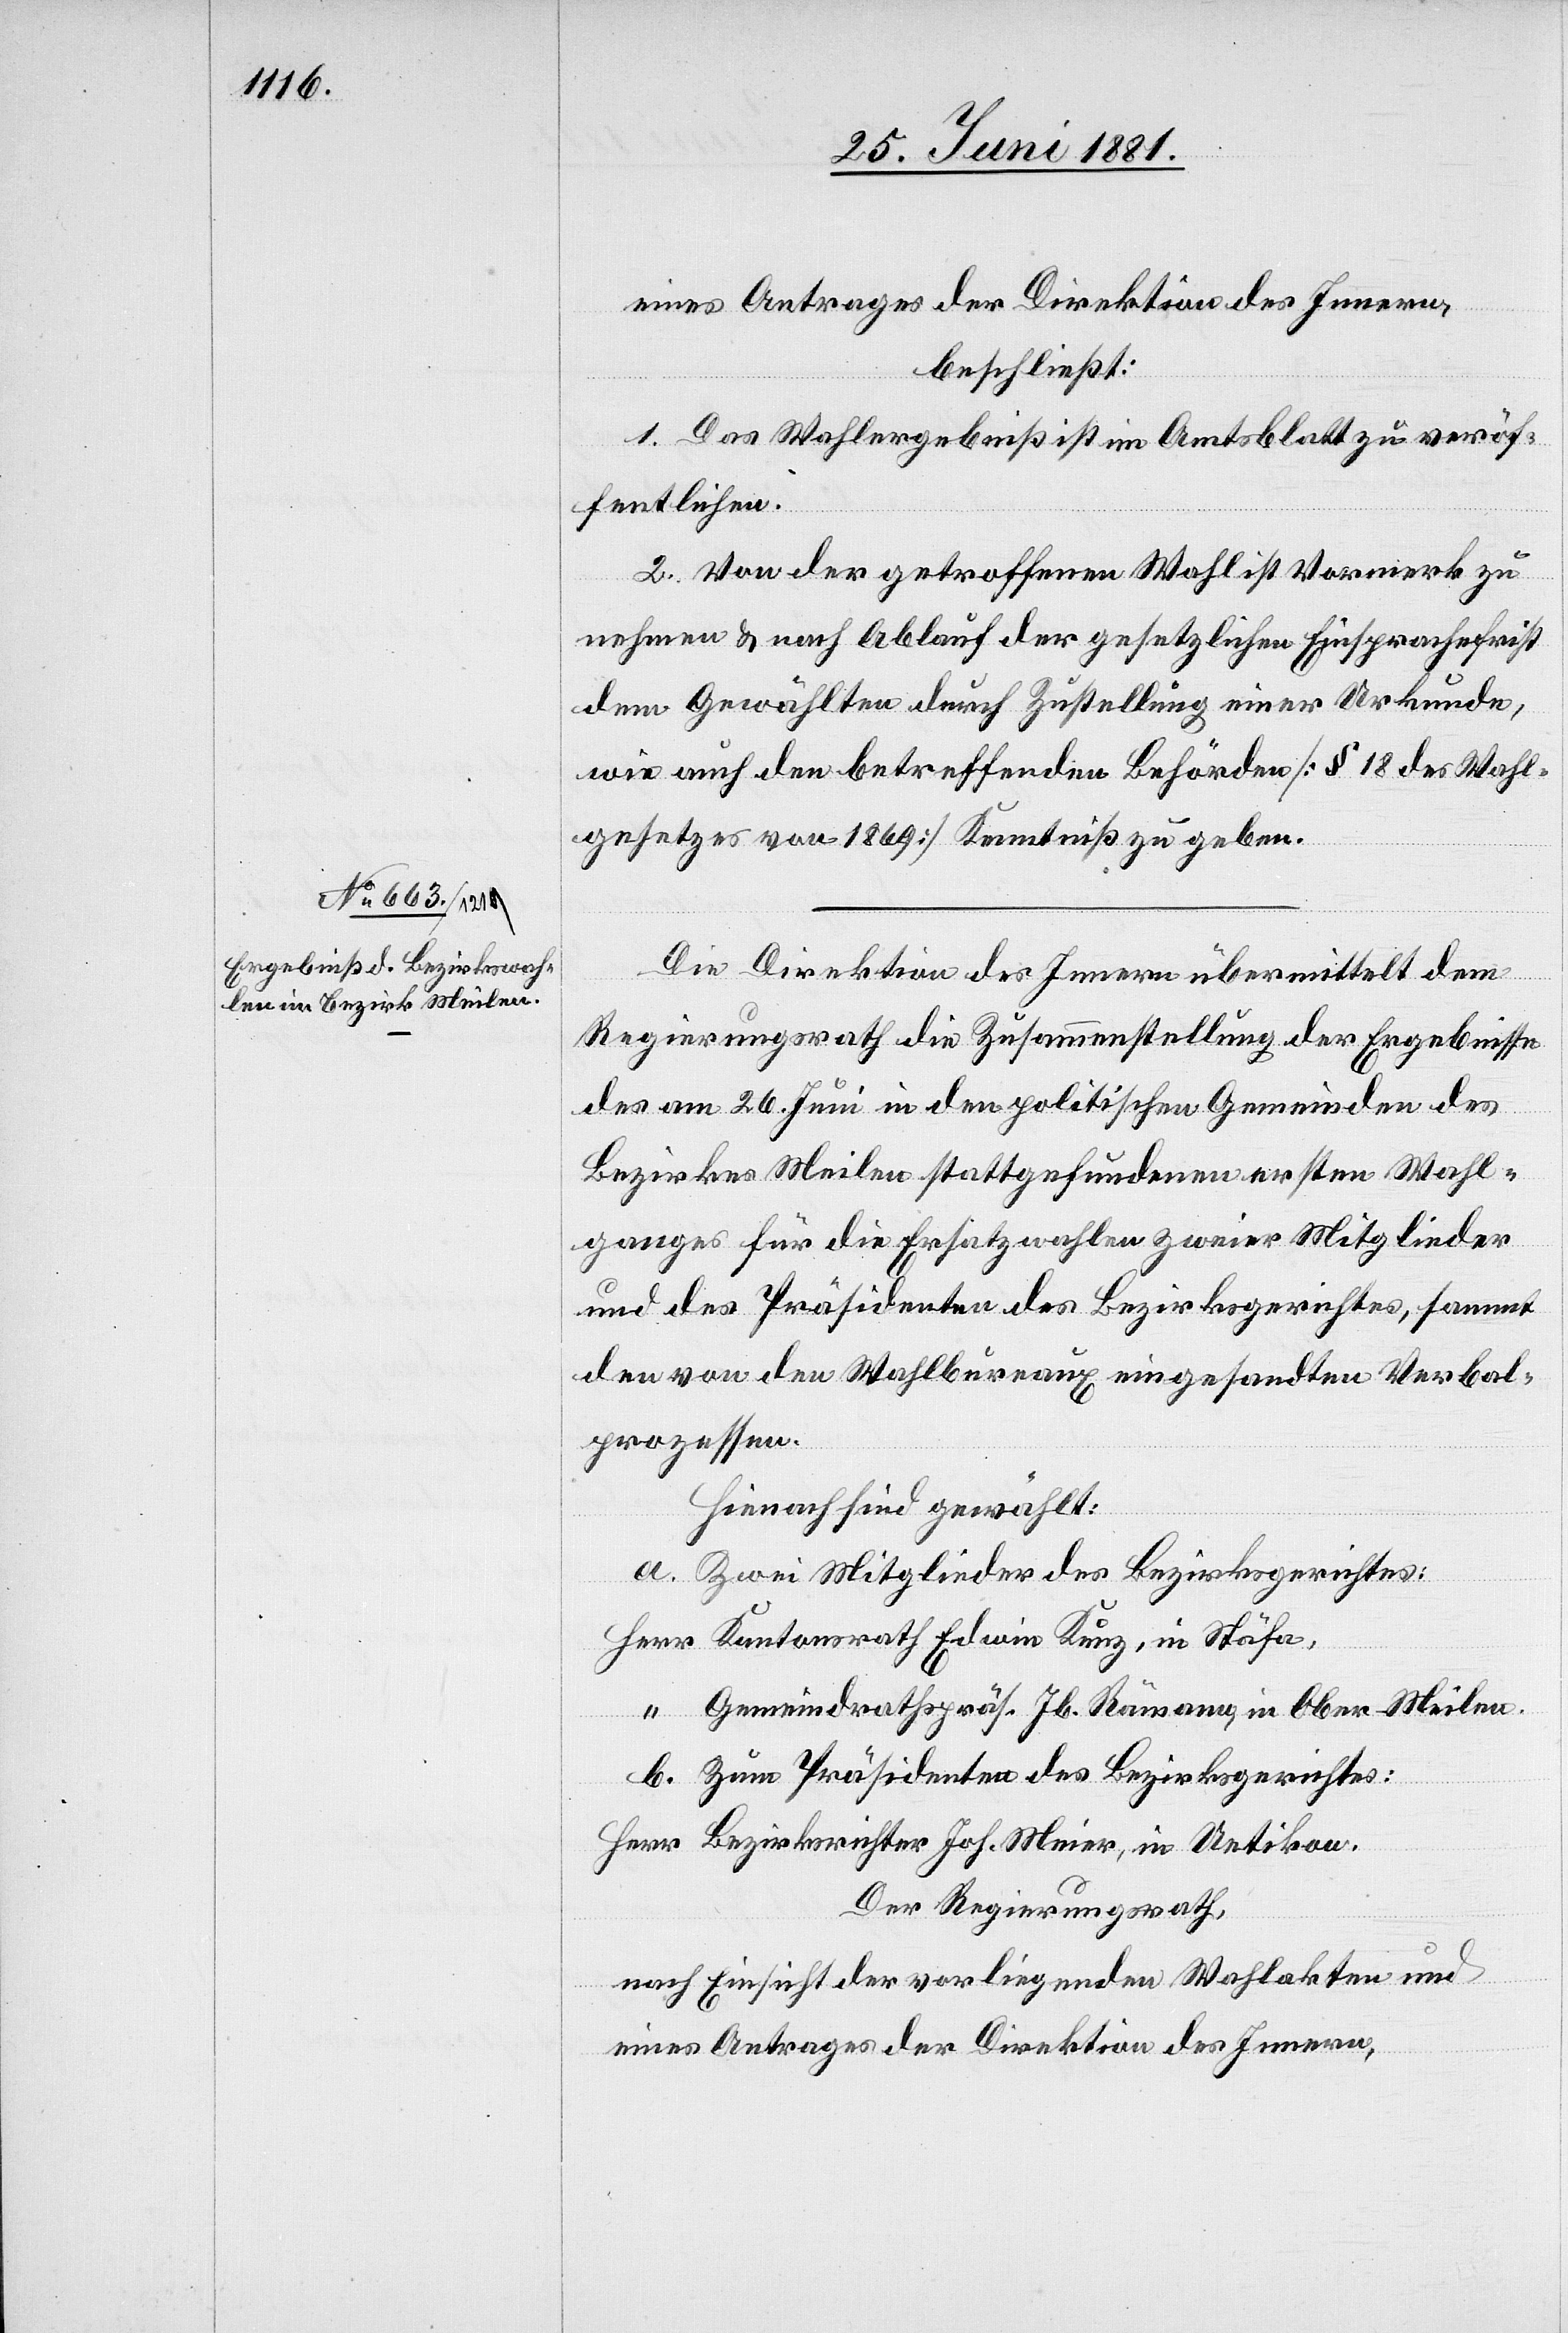
29. Juni 1881.]
eines Antrages der Direktion des Innern,
beschließt:
1. Das Wahlergebniß ist im Amtsblatt zu veröf¬
fentlichen.
2. Von der getroffenen Wahl ist Vormerk zu
nehmen & nach Ablauf der gesetzlichen Einsprachefrist
dem Gewählten durch Zustellung einer Urkunde,
wie auch den betreffenden Behörden [§ 18 des Wahl¬
gesetzes von 1869] Kenntniß zu geben.
Die Direktion des Innern übermittelt dem
Regierungsrath die Zusammenstellung der Ergebnisse
des am 26. Juni in den politischen Gemeinden des
Bezirkes Meilen stattgefundenen ersten Wahl¬
ganges für die Ersatzwahlen zweier Mitglieder
und des Präsidenten des Bezirksgerichtes, sammt
den von den Wahlbureaux eingesandten Verbal¬
prozessen.
Hienach sind gewählt:
a. Zwei Mitglieder des Bezirksgerichtes:
Herr Kantonsrath Edwin Kunz, in Stäfa,
“ Gemeindrathspräs. Jb. Rämann, in Ober-Meilen.
b. Zum Präsidenten des Bezirksgerichtes:
Herr Bezirksrichter Joh. Meier, in Uetikon.
Der Regierungsrath,
nach Einsicht der vorliegenden Wahlakten und
eines Antrages der Direktion des Innern,